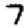
Digit: 7